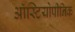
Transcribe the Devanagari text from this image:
ऑस्टियोपीनिक